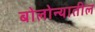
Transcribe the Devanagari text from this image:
बोलोन्यातील